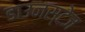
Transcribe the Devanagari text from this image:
डाउनस्टेज